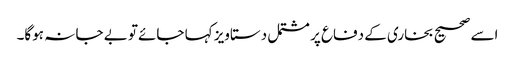
اسے صحیح بخاری کے دفاع پر مشتمل دستاویز کہا جائےتو بے جا نہ ہوگا۔